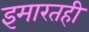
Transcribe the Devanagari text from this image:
इमारतही